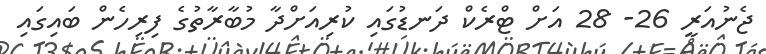
ޖެނުއަރީ 26- 28 އަށް ޓްރެކް ދަނޑުގައި ކުރިއަށްދާ މުބާރާތުގެ ފިރިހެން ބައިގައި